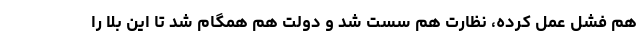
هم فشل عمل کرده، نظارت هم سست شد و دولت هم همگام شد تا این بلا را